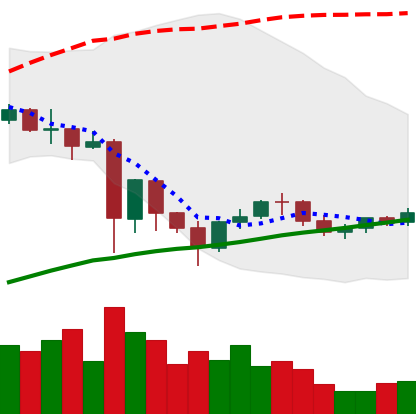
Ticker: NEO-USD
Chart end date: 2021-06-02
Forward return: -11.621%
Label: down_7plus